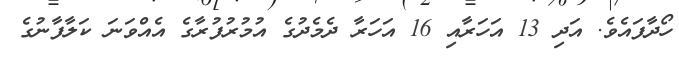
ހޯދާފައެވެ. އަދި 13 އަހަރާއި 16 އަހަރާ ދެމެދުގެ އުމުރުފުރާގެ އެއްވަނަ ކަލާފާނުގެ